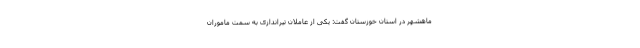
ماهشهر در استان خوزستان گفت: یکی از عاملان تیراندازی به سمت ماموران